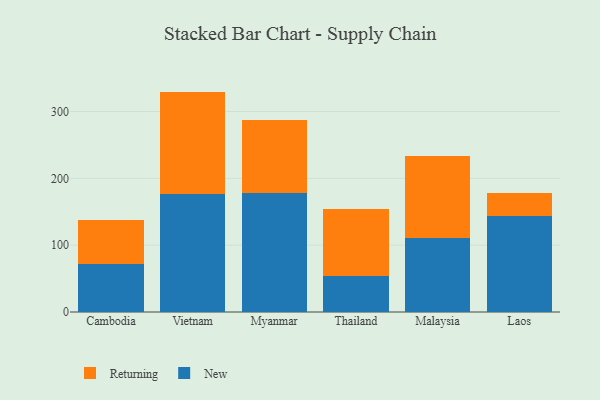
{"axis": {"x": "Country", "y": "Gross Profit (USD K)"}, "legend": ["New", "Returning"], "data": [{"x": "Cambodia", "y": 71.5, "type": "New"}, {"x": "Cambodia", "y": 66.7, "type": "Returning"}, {"x": "Vietnam", "y": 176.5, "type": "New"}, {"x": "Vietnam", "y": 153.3, "type": "Returning"}, {"x": "Myanmar", "y": 178.2, "type": "New"}, {"x": "Myanmar", "y": 108.6, "type": "Returning"}, {"x": "Thailand", "y": 53.2, "type": "New"}, {"x": "Thailand", "y": 101.2, "type": "Returning"}, {"x": "Malaysia", "y": 110.1, "type": "New"}, {"x": "Malaysia", "y": 123.6, "type": "Returning"}, {"x": "Laos", "y": 143.7, "type": "New"}, {"x": "Laos", "y": 34.0, "type": "Returning"}]}